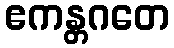
ဧကန္တဂတေ